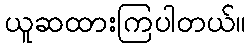
ယူဆထားကြပါတယ်။